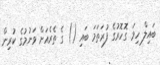
ބައިލް ހިމަ ގޮހޮރުގެ ފުރަތަމަ ބައި () ގެ ތެރެއަށް ވަނުމުގެ ކުރިން